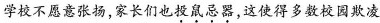
学校不愿意张扬，家长们也\underset{·}{投}\underset{·}{鼠}\underset{·}{忌}\underset{·}{器}，这使得多数校园欺凌